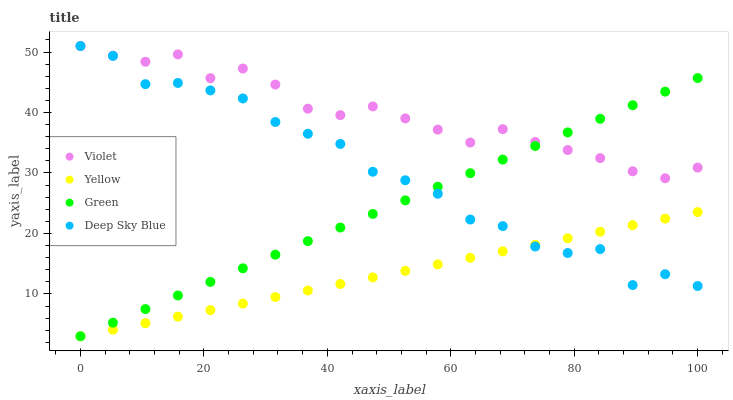
| xaxis_label | Violet | Yellow | Green | Deep Sky Blue |
 | --- | --- | --- | --- | --- |
 | 0 | 51 | 3 | 3 | 51 |
 | 5.26 | 49.4 | 4.08 | 5.25 | 49.4 |
 | 10.5 | 48.4 | 5.16 | 7.5 | 44.7 |
 | 15.8 | 49.6 | 6.24 | 9.74 | 44.9 |
 | 21.1 | 45.7 | 7.32 | 12 | 43.7 |
 | 26.3 | 47.3 | 8.4 | 14.2 | 42.3 |
 | 31.6 | 44.6 | 9.48 | 16.5 | 38.4 |
 | 36.8 | 40.6 | 10.6 | 18.7 | 36.5 |
 | 42.1 | 39.6 | 11.6 | 21 | 34.8 |
 | 47.4 | 41 | 12.7 | 23.2 | 30.2 |
 | 52.6 | 39 | 13.8 | 25.5 | 28.8 |
 | 57.9 | 37.2 | 14.9 | 27.7 | 26.6 |
 | 63.2 | 35 | 16 | 30 | 22.3 |
 | 68.4 | 37.3 | 17 | 32.2 | 21.2 |
 | 73.7 | 35.1 | 18.1 | 34.5 | 17.8 |
 | 78.9 | 33.8 | 19.2 | 36.7 | 16.8 |
 | 84.2 | 32.5 | 20.3 | 39 | 17.4 |
 | 89.5 | 30.3 | 21.4 | 41.2 | 11.5 |
 | 94.7 | 29.1 | 22.5 | 43.5 | 13.3 |
 | 100 | 30.9 | 23.5 | 45.7 | 11.3 |